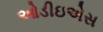
ઓડીઇએસ